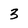
Character: 3